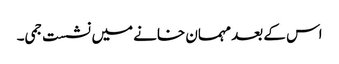
اس کے بعد مہمان خانے میں نشست جمی۔